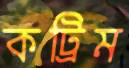
কট্রিম